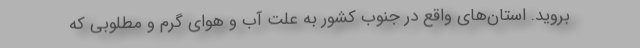
بروید. استان‌های واقع در جنوب کشور به علت آب و هوای گرم و مطلوبی که